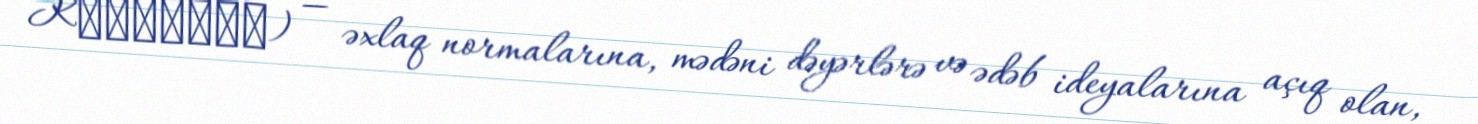
Kυνισμός) — əxlaq normalarına, mədəni dəyərlərə və ədəb ideyalarına açıq olan,